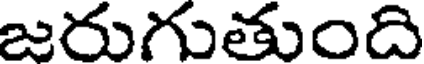
జరుగుతుంది